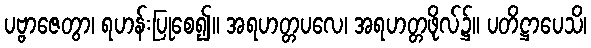
ပဗ္ဗာဇေတွာ၊ ရဟန်းပြုစေ၍။ အရဟတ္တပလေ၊ အရဟတ္တဖိုလ်၌။ ပတိဋ္ဌာပေသိ၊